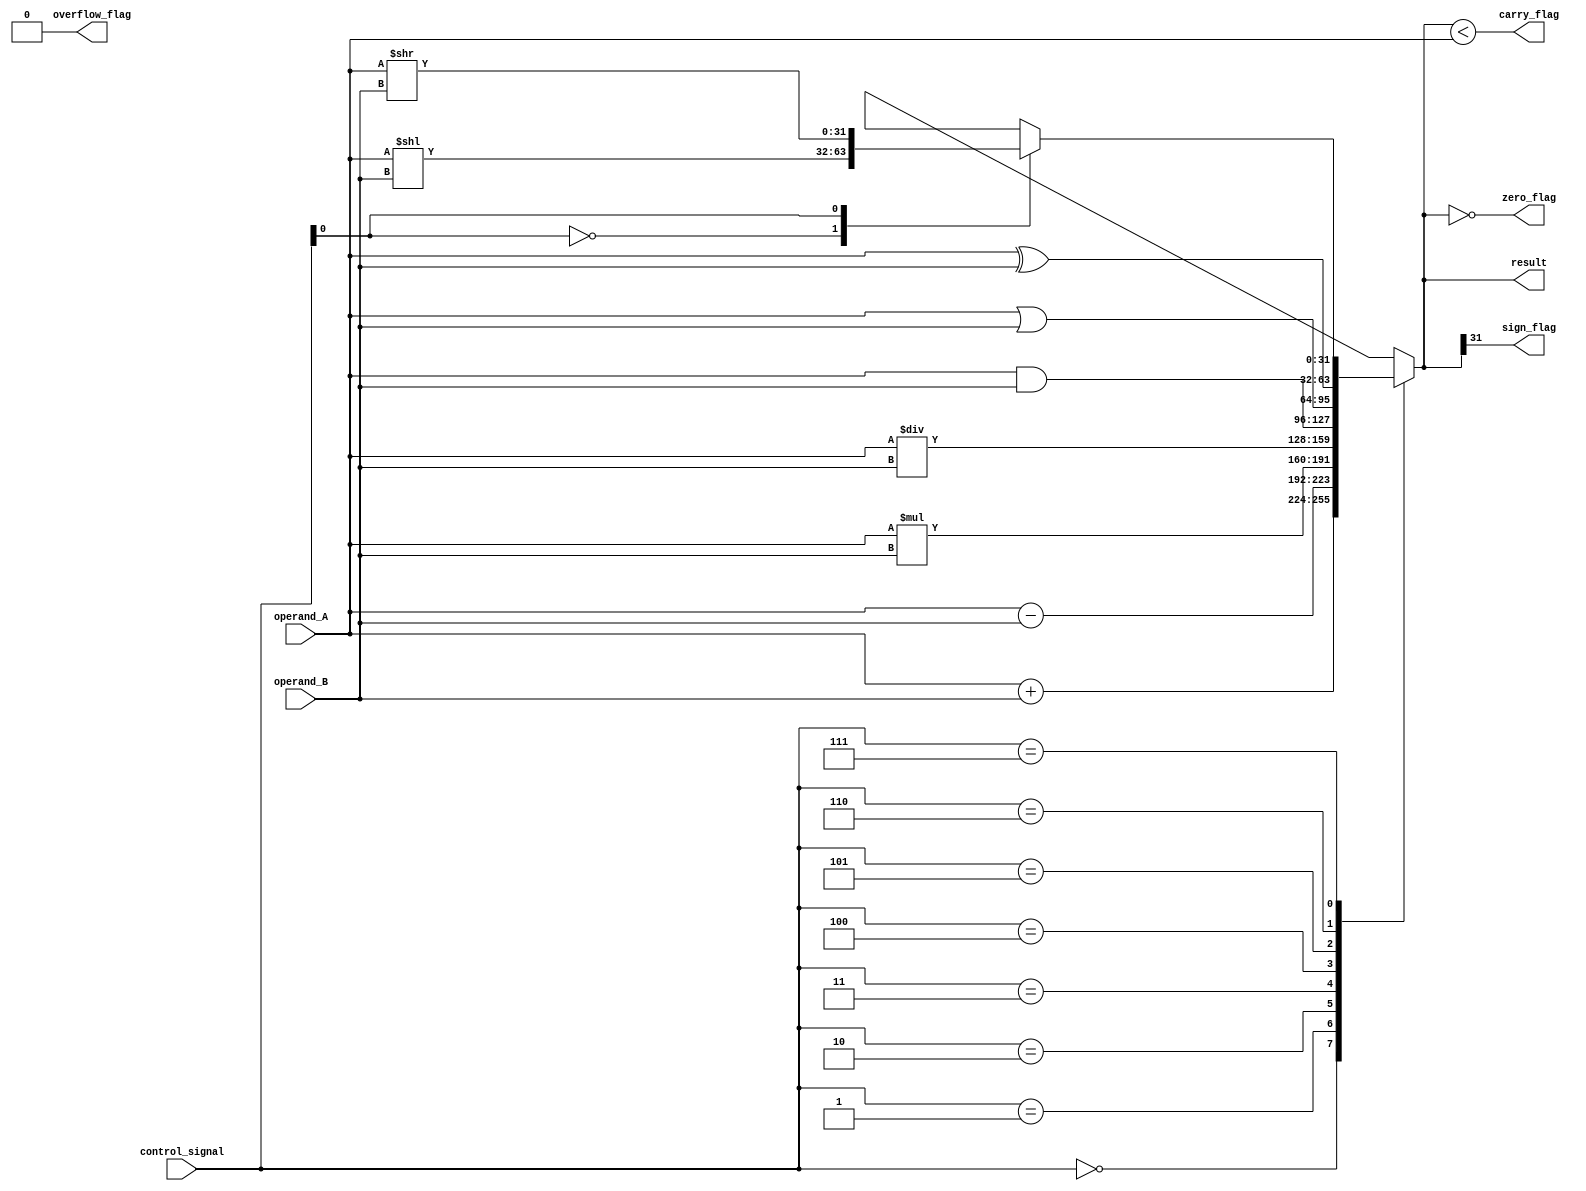
module ALU(
    input [31:0] operand_A,
    input [31:0] operand_B,
    input [2:0] control_signal,
    output [31:0] result,
    output overflow_flag,
    output carry_flag,
    output zero_flag,
    output sign_flag
);

reg [31:0] result;
reg overflow_flag;
reg carry_flag;
reg zero_flag;
reg sign_flag;

always @ (*) begin
    case(control_signal)
        3'b000: result = operand_A + operand_B; // Addition
        3'b001: result = operand_A - operand_B; // Subtraction
        3'b010: result = operand_A * operand_B; // Multiplication
        3'b011: result = operand_A / operand_B; // Division
        3'b100: result = operand_A & operand_B; // AND
        3'b101: result = operand_A | operand_B; // OR
        3'b110: result = operand_A ^ operand_B; // XOR
        3'b111: begin
            case(control_signal[0])
                1'b0: result = operand_A << operand_B; // Left Shift
                1'b1: result = operand_A >> operand_B; // Right Shift
            endcase
        end
    endcase
    
    overflow_flag = 0;
    carry_flag = (result < operand_A);
    zero_flag = (result == 0);
    sign_flag = (result[31]);
end

endmodule